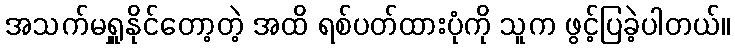
အသက်မရှူနိုင်တော့တဲ့ အထိ ရစ်ပတ်ထားပုံကို သူက ဖွင့်ပြခဲ့ပါတယ်။